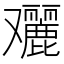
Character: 𠮔